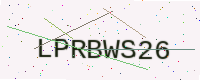
Text: LPRBWS26